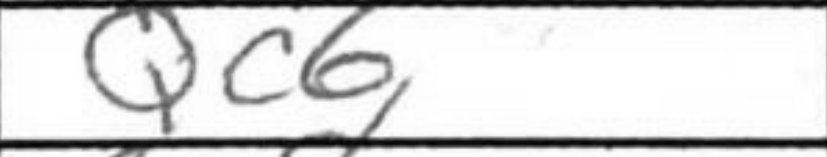
Transcription: Qc6